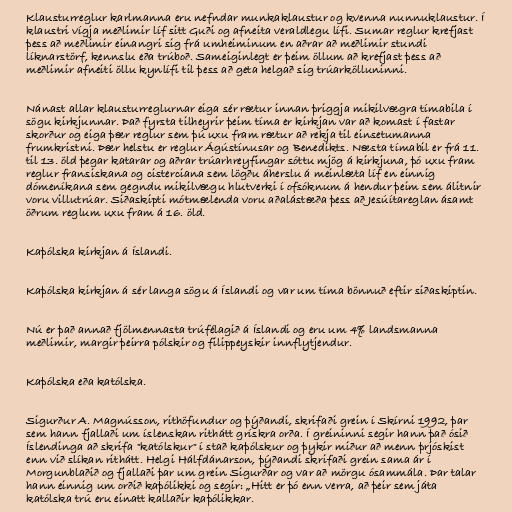
Klausturreglur karlmanna eru nefndar munkaklaustur og kvenna nunnuklaustur. Í
klaustri vígja meðlimir líf sitt Guði og afneita veraldlegu lífi. Sumar reglur krefjast
þess að meðlimir einangri sig frá umheiminum en aðrar að meðlimir stundi
líknarstörf, kennslu eða trúboð. Sameiginlegt er þeim öllum að krefjast þess að
meðlimir afneiti öllu kynlífi til þess að geta helgað sig trúarkölluninni.

Nánast allar klausturreglurnar eiga sér rætur innan þriggja mikilvægra tímabila í
sögu kirkjunnar. Það fyrsta tilheyrir þeim tíma er kirkjan var að komast í fastar
skorður og eiga þær reglur sem þú uxu fram rætur að rekja til einsetumanna
frumkristni. Þær helstu er reglur Ágústínusar og Benedikts. Næsta tímabil er frá 11.
til 13. öld þegar katarar og aðrar trúarhreyfingar sóttu mjög á kirkjuna, þó uxu fram
reglur fransiskana og cisterciana sem lögðu áherslu á meinlæta líf en einnig
dómeníkana sem gegndu mikilvægu hlutverki í ofsóknum á hendur þeim sem álitnir
voru villutrúar. Siðaskipti mótmælenda voru aðalástæða þess að Jesúítareglan ásamt
öðrum reglum uxu fram á 16. öld.

Kaþólska kirkjan á Íslandi.

Kaþólska kirkjan á sér langa sögu á Íslandi og var um tíma bönnuð eftir siðaskiptin.

Nú er það annað fjölmennasta trúfélagið á Íslandi og eru um 4% landsmanna
meðlimir, margir þeirra pólskir og filippeyskir innflytjendur.

Kaþólska eða katólska.

Sigurður A. Magnússon, rithöfundur og þýðandi, skrifaði grein í Skírni 1992, þar
sem hann fjallaði um íslenskan rithátt grískra orða. Í greininni segir hann það ósið
Íslendinga að skrifa "katólskur" í stað kaþólskur og þykir miður að menn þrjóskist
enn við slíkan rithátt. Helgi Hálfdánarson, þýðandi skrifaði grein sama ár í
Morgunblaðið og fjallaði þar um grein Sigurðar og var að mörgu ósammála. Þar talar
hann einnig um orðið kaþólikki og segir: „Hitt er þó enn verra, að þeir sem játa
katólska trú eru einatt kallaðir kaþólikkar.